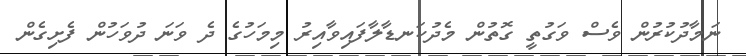
ނަމާދުކުރުން ވެސް ވަގުތީ ގޮތުން މެދުކަނޑާލާފައިވާއިރު މިމަހުގެ ދެ ވަނަ ދުވަހުން ފެށިގެން